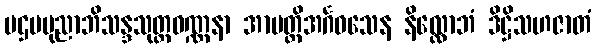
ပဌမပုညာဘိသန္ဒသုတ္တဝဏ္ဏနာ အာပတ္တိအင်္ဂဝသေန နိလ္လောဘံ ဒိဋ္ဌိသဟဇာတံ